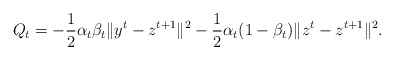
\begin{align*}Q_t = -\frac{1}{2}\alpha_t\beta_t\|y^t-z^{t+1}\|^2-\frac{1}{2}\alpha_t(1-\beta_t)\|z^t-z^{t+1}\|^2.\end{align*}